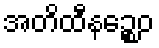
အတိထီနဉ္စေဝ